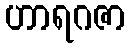
ဟာရဂဇာ